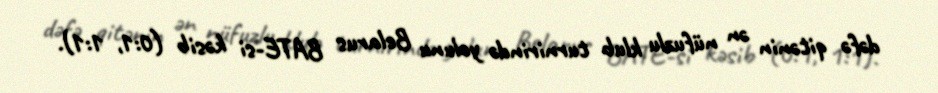
dəfə qitənin ən nüfuzlu klub turnirində yolunu Belarus BATE-si kəsib (0:1, 1:1).